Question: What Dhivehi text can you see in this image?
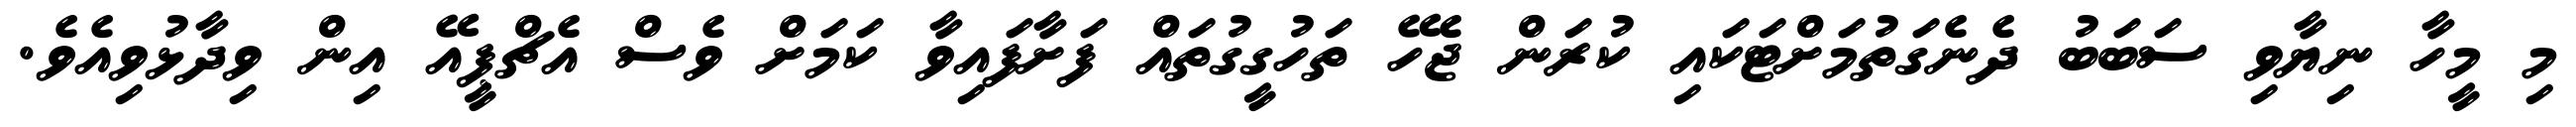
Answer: މި މީހާ ނިޔާވި ސަބަބު ދެނެގަތުމަށްޓަކައި ކުރަން ޖެހޭ ތަހުގީގުތައް ފަށާފައިވާ ކަމަށް ވެސް އެޗްޕީއޭ އިން ވިދާޅުވިއެވެ.